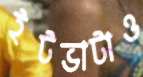
ইটভাটাও